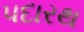
પદારથ